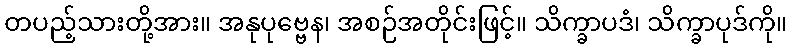
တပည့်သားတို့အား။ အနုပုဗ္ဗေန၊ အစဉ်အတိုင်းဖြင့်။ သိက္ခာပဒံ၊ သိက္ခာပုဒ်ကို။